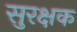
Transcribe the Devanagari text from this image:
सुरक्षक